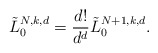
\begin{align*}\tilde{L}_{0}^{N,k,d}=\frac{d!}{d^{d}}\tilde{L}_{0}^{N+1,k,d}.\end{align*}